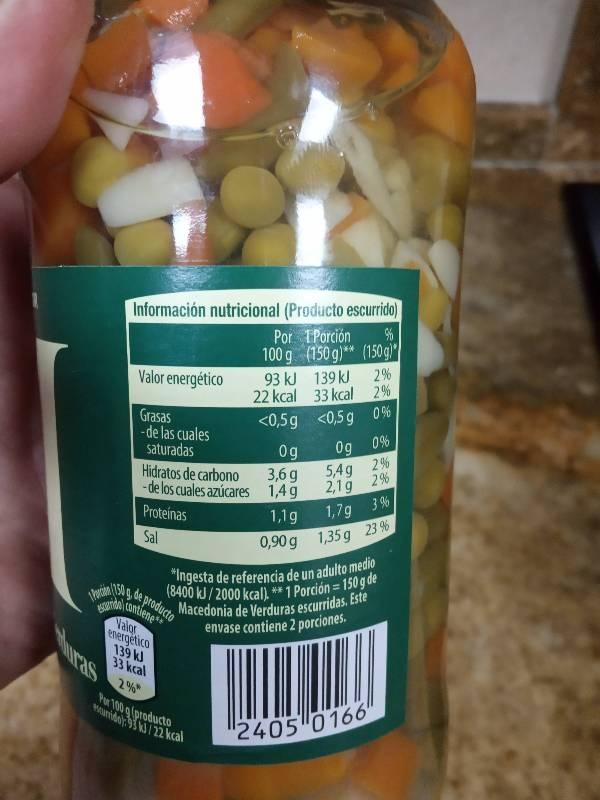
Información nutricional (Producto escurride huras Por TPorción 100 g (150g)** (150g)" 139 k 2% 22 kcal 33 kcal 2% Valor energético 93 kJ <0,5g <0,5g 0% Og 0% 2% 2,1g 2% 1,7g 3% Grasas -de las cuales saturadas Hidratos de carbono -de los cuales azúcares Proteinas 0 g 5,4g 3,6 g 1,4g 1,1g Sal 0,90g 1,35 g 23 % ngesta de referencia de un adulto medio 8400 kJ/2000 kcall * 1 Porción = 150gde Macedonia de Verduras escurridas. Este envase contiene 2 porciones. Pecin de producto Valor energetico 139 k 33 kcal 2% Pur 100g (producto ounidok2kcal "2405 0166